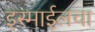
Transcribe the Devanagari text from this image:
इस्माईलचा